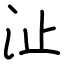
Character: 沚